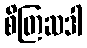
စိတြဆဒါ